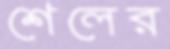
শেলের